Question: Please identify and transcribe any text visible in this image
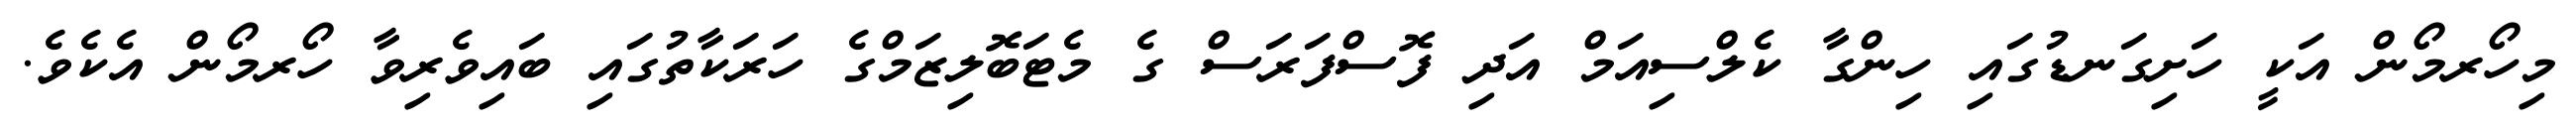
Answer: މިހޯރމޯން އަކީ ހަށިގަނޑުގައި ހިންގާ ކެލްސިއަމް އަދި ފޮސްފަރަސް ގެ މެޓަބޮލިޒަމްގެ ހަރަކާތުގައި ބައިވެރިވާ ހޯރމޯން އެކެވެ.